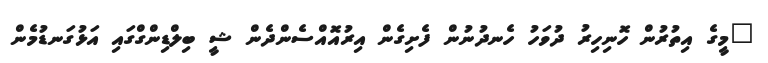
"މީގެ އިތުރުން ހޮނިހިރު ދުވަހު ހެނދުނުން ފެށިގެން އިރުއޮއްސެންދެން ޝީ ބިލްޑިންގްގައި އަޅުގަނޑުމެން